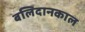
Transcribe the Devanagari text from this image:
बलिदानकाल